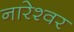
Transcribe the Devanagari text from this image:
नारेश्‍वर